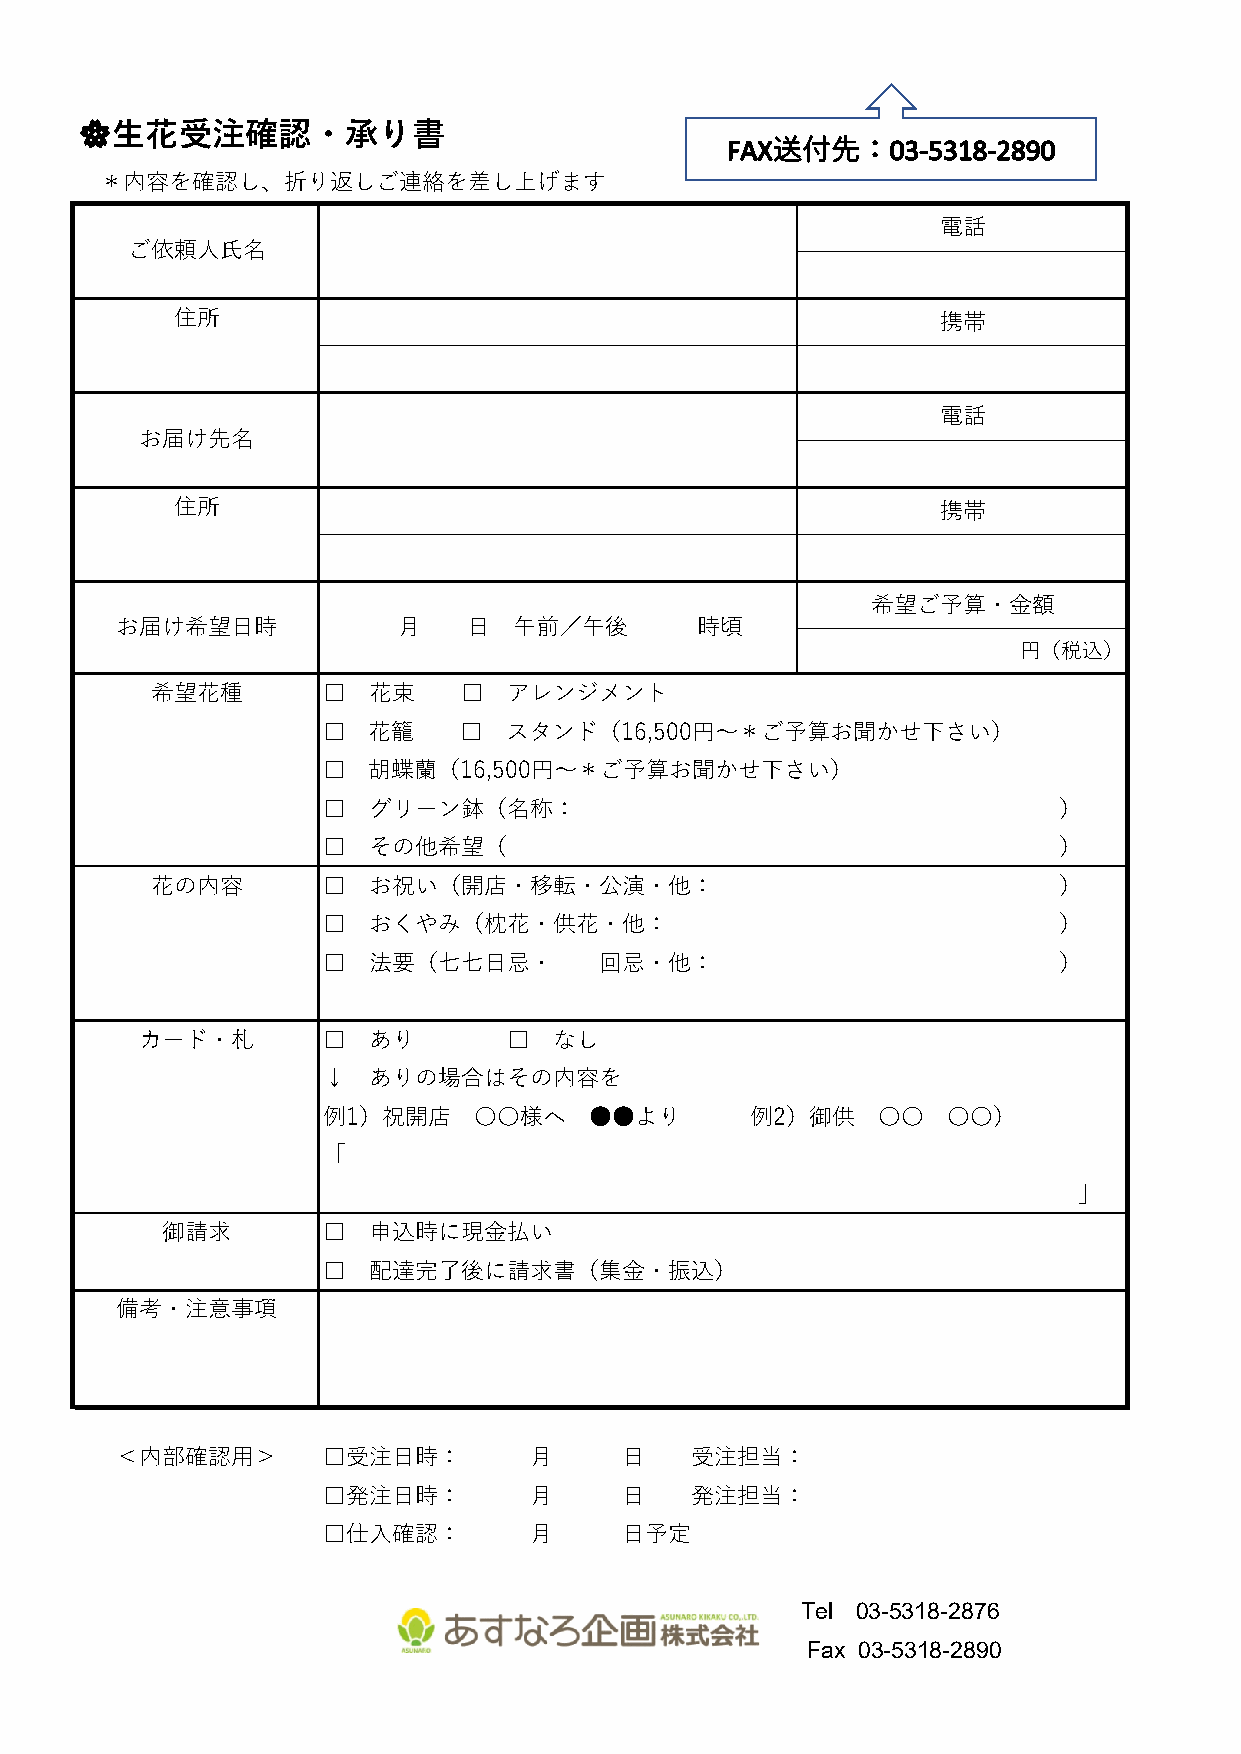
生花受注確認・承り書
 🌸🌸
 ＊内容を確認し、折り返しご連絡を差し上げます
 電話
 ご依頼人氏名
 住所                                                 携帯
 電話
 お届け先名
 住所                                                 携帯
 希望ご予算・金額
 お届け希望日時           月    日  午前／午後       時頃
 円（税込）
 希望花種       □  花束    □   アレンジメント
 □  花籠    □   スタンド（16,500円～＊ご予算お聞かせ下さい）
 □  胡蝶蘭（16,500円～＊ご予算お聞かせ下さい）
 □  グリーン鉢（名称：                                     ）
 □  その他希望（                                        ）
 花の内容       □  お祝い（開店・移転・公演・他：                               ）
 □  おくやみ（枕花・供花・他：                                 ）
 □  法要（七七日忌・        回忌・他：                         ）
 カード・札       □  あり        □  なし
 ↓  ありの場合はその内容を
 例1）祝開店    〇〇様へ    ●●より       例2）御供   〇〇   〇〇）
 「
 」
 御請求       □  申込時に現金払い
 □  配達完了後に請求書（集金・振込）
 備考・注意事項
 ＜内部確認用＞      □受注日時：        月     日    受注担当：
 □発注日時：        月     日    発注担当：
 □仕入確認：        月     日予定
 Tel 03-5318-2876
 Fax 03-5318-2890